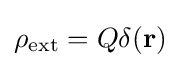
\rho _{\text{ext}}=Q\delta (\mathbf {r} )